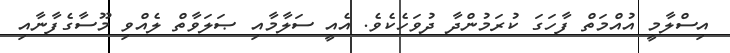
އިސްލާމީ އުއްމަތް ފާހަގަ ކުރަމުންދާ ދުވަހެކެވެ. އެއީ ސަލާމާއި ޞަލަވާތް ލެއްވި މޫސާގެފާނާއި